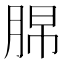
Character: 𦛭